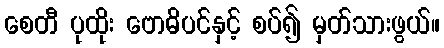
စေတီ ပုထိုး ဗောဓိပင်နှင့် စပ်၍ မှတ်သားဖွယ်။